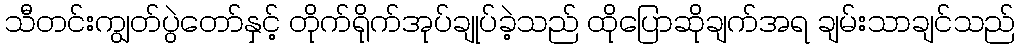
သီတင်းကျွတ်ပွဲတော်နှင့် တိုက်ရိုက်အုပ်ချုပ်ခဲ့သည် ထိုပြောဆိုချက်အရ ချမ်းသာချင်သည်